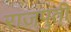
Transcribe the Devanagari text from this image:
राजपुती